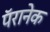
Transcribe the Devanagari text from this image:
पॅरानेक